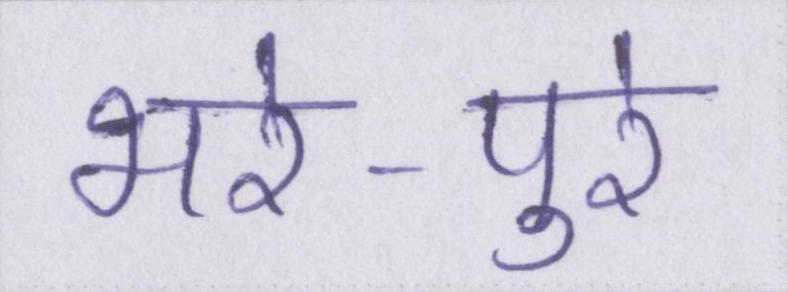
भरे-पुरे